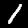
Digit: 1